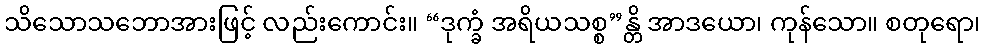
သိသောသဘောအားဖြင့် လည်းကောင်း။ “ဒုက္ခံ အရိယသစ္စ”န္တိ အာဒယော၊ ကုန်သော။ စတုရော၊